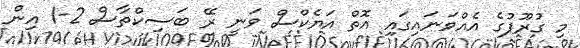
މި ގުރޫޕުގެ އެއްވަނައިގައި އޮތް އަޔެކްސް ވަނީ ރޭ ބަސިކްތާސް 2-1 އިން